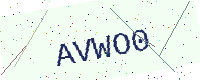
Text: AVWO0